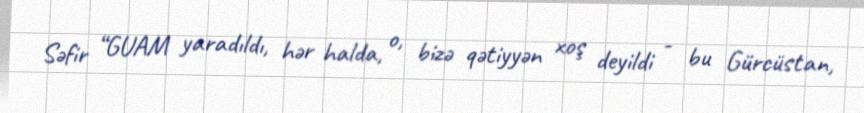
Səfir “GUAM yaradıldı, hər halda, o, bizə qətiyyən xoş deyildi - bu Gürcüstan,